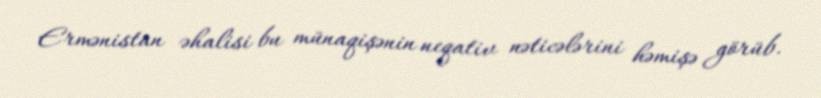
Ermənistan əhalisi bu münaqişənin neqativ nəticələrini həmişə görüb.